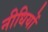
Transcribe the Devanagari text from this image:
नीधियों